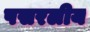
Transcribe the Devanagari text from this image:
पसरलीय